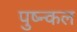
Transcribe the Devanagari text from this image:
पुष्न्कल